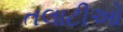
તલાટીઓ